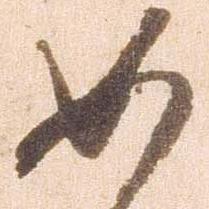
如